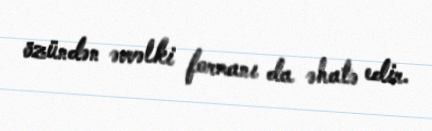
özündən əvvəlki formanı da əhatə edir.